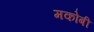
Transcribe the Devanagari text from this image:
मकोबी